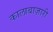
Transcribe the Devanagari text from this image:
कालाबाज़ारी